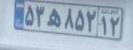
۵۳ه۸۵۲۱۲